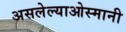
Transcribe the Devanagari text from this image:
असलेल्याओस्मानी